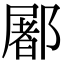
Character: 䣝